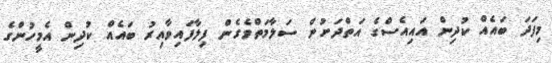
މިފަދަ ބައެއް ކުދިން އައިއެސްގެ އަތްދަށުން ސަލާމަތްވެގެން ފިލާފައިވާއިރު ބައެއް ކުދިން އެމީހުންގެ